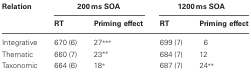
<table><thead><tr><td><b>Relation</b></td><td colspan="2"><b>200 ms SOA</b></td><td colspan="2"><b>1200 ms SOA</b></td></tr><tr><td></td><td><b>RT</b></td><td><b>Priming effect</b></td><td><b>RT</b></td><td><b>Priming effect</b></td></tr></thead><tbody><tr><td>Integrative</td><td>670 (6)</td><td>27<sup>***</sup></td><td>699 (7)</td><td>6</td></tr><tr><td>Thematic</td><td>660 (7)</td><td>23<sup>**</sup></td><td>684 (7)</td><td>12</td></tr><tr><td>Taxonomic</td><td>664 (6)</td><td>18<sup>*</sup></td><td>687 (7)</td><td>24<sup>**</sup></td></tr></tbody></table>